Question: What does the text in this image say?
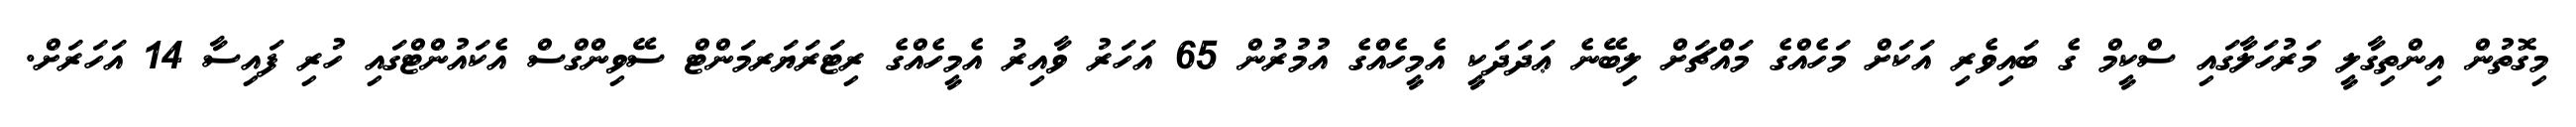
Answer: މިގޮތުން އިންތިގާލީ މަރުހަލާގައި ސްކީމް ގެ ބައިވެރި އަކަށް މަހެއްގެ މައްޗަށް ލިބޭނެ ޢަދަދަކީ އެމީހެއްގެ އުމުރުން 65 އަހަރު ވާއިރު އެމީހެއްގެ ރިޓަރަޔަރމަންޓް ސޭވިންގްސް އެކައުންޓްގައި ހުރި ފައިސާ 14 އަހަރަށް.